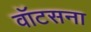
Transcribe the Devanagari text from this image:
वॉटसना